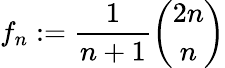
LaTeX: f_{n}:={\frac{1}{n+1}}{\binom{2n}{n}}